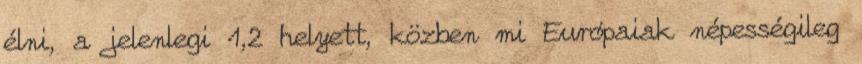
élni, a jelenlegi 1,2 helyett, közben mi Európaiak népességileg